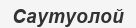
Саутуолой